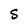
Character: S